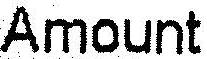
AMOUNT